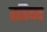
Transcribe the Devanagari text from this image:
सीण